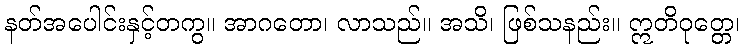
နတ်အပေါင်းနှင့်တကွ။ အာဂတော၊ လာသည်။ အသိ၊ ဖြစ်သနည်း။ ဣတိဝုတ္တေ၊